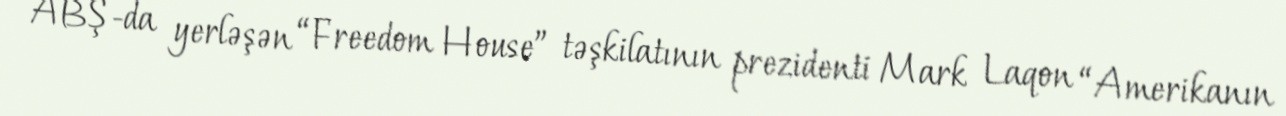
ABŞ-da yerləşən “Freedom House” təşkilatının prezidenti Mark Laqon “Amerikanın